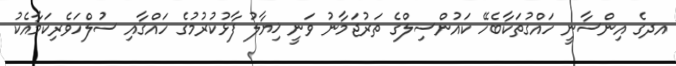
އދގެ އިންސާނީ ހައްގުތަކާބެހޭ ކައުންސިލްގެ ތަރުޖަމާނު ވަނީ ޚިޔާލު ފާޅުކުރުމުގެ ހައްގާއި ސުލްހަވެރިކަމާއެކު